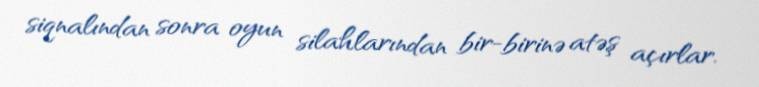
siqnalından sonra oyun silahlarından bir-birinə atəş açırlar.